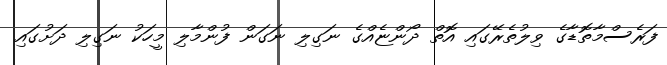
ފަރެސްމާތޮޑާގެ ވިލުތެރޭގައި އޮތް ދޯންޏެއްގެ ނަގިލި ނަގަން ފުންމާލި މީހަކު ނަގިލި ދަށުގައި